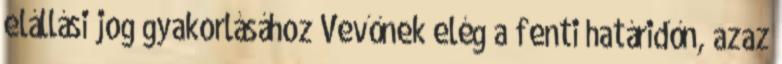
elállási jog gyakorlásához Vevőnek elég a fenti határidőn, azaz